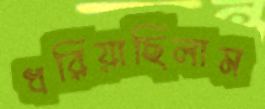
ধরিয়াছিলাম